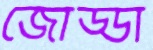
জোড্ডা